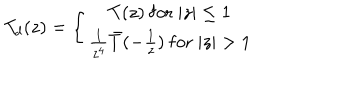
LaTeX: T _ { d } ( z ) = \left\{ { T ( z ) \ \mathrm { f o r } \ \vert z \vert \leq 1 } \atop { { \frac { 1 } { z ^ { 4 } } } \bar { T } ( - { \frac { 1 } { z } } ) \ \mathrm { f o r } \ \vert z \vert > 1 } \right. \